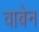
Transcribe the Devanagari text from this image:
वाबेन